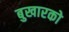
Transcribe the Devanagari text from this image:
बुखारको